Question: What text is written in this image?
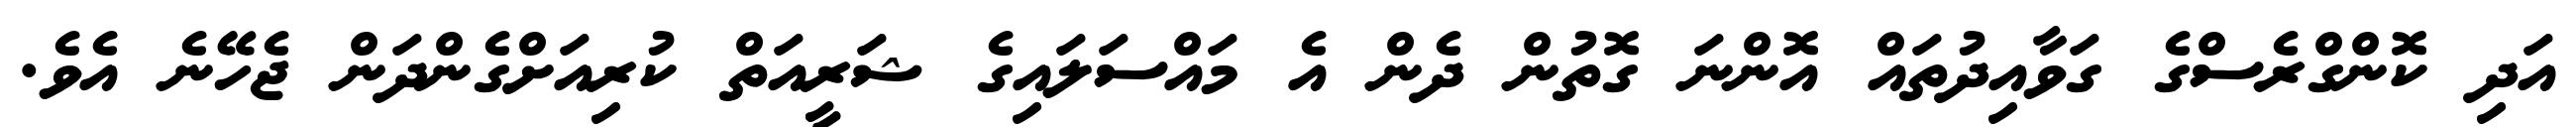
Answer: އަދި ކޮންގްރެސްގެ ގަވާއިދުތައް އޮންނަ ގޮތުން ދެން އެ މައްސަލައިގެ ޝަރީއަތް ކުރިއަށްގެންދަން ޖެހޭނެ އެވެ.